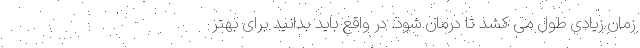
زمان زیادی طول می کشد تا درمان شود. در واقع باید بدانید برای بهتر